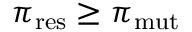
\pi _ { \mathrm { r e s } } \geq \pi _ { \mathrm { m u t } }